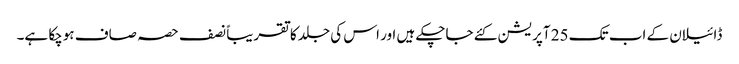
ڈائیلان کے اب تک 25 آپریشن کئے جاچکے ہیں اور اس کی جلد کا تقریباً نصف حصہ صاف ہوچکا ہے۔